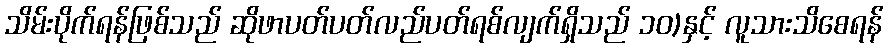
သိမ်းပိုက်ရန်ဖြစ်သည် ဆိုဖာပတ်ပတ်လည်ပတ်ရစ်လျက်ရှိသည် ၁၀)နှင့် လူသားသိစေရန်